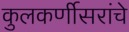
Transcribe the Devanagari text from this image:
कुलकर्णीसरांचे